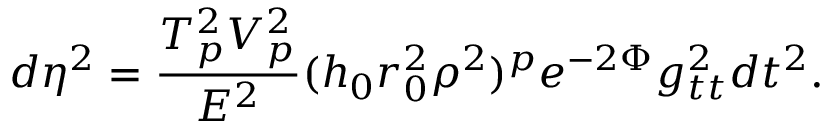
d \eta ^ { 2 } = { \frac { T _ { p } ^ { 2 } V _ { p } ^ { 2 } } { E ^ { 2 } } } ( h _ { 0 } r _ { 0 } ^ { 2 } \rho ^ { 2 } ) ^ { p } e ^ { - 2 \Phi } g _ { t t } ^ { 2 } d t ^ { 2 } .